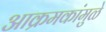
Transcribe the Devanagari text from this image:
आक्रमकांमुळे